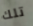
تلك